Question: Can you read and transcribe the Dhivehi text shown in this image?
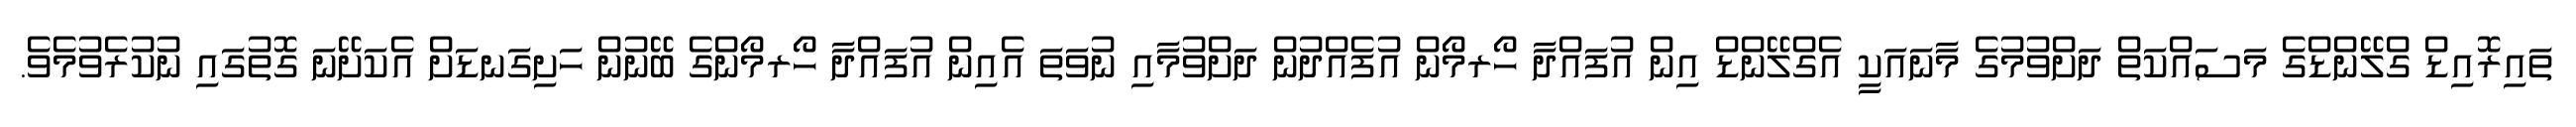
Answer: ތައިރޮއިޑް ގްލޭންޑްގެ މަސައްކަތް ދަށްވުމުގެ މާނައަކީ އެގްލޭންޑް އިން އުފައްދާ ހޯރމޯން އުފެއްދުން ދަށްވުމާއި ނުވަތަ އެއިން އުފައްދާ ހޯރމޯންގެ ބޭނުން ހަށިގަނޑަށް އެކަށޭނަ ގޮތުގައި ނުކުރެވުމެވެ.